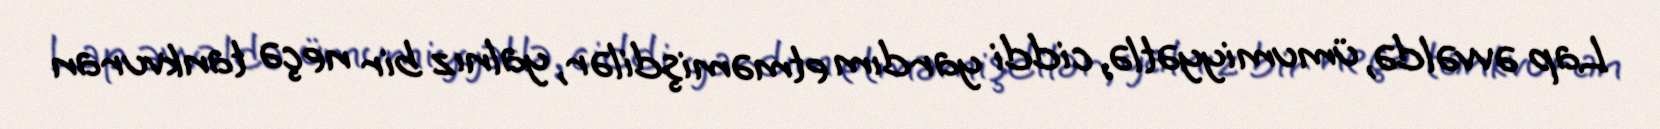
Lap əvvəldə, ümumiyyətlə, ciddi yardım etməmişdilər, yalnız bir neçə tankvuran